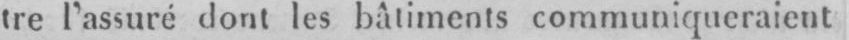
tre l’assuré dont les bâtiments communiqueraient